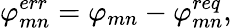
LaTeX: \varphi_{mn}^{err}=\varphi_{mn}-\varphi_{mn}^{req},